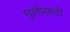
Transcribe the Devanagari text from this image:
मुलीसाठी